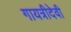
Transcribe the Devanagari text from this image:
गायत्रीदेवी